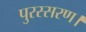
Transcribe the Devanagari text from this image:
पुरस्सरण।